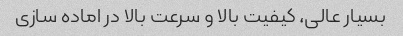
بسیار عالی، کیفیت بالا و سرعت بالا در اماده سازی